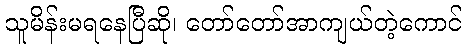
သူမိန်းမရနေပြီဆို၊ တော်တော်အာကျယ်တဲ့ကောင်